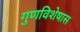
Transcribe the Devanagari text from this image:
गुणविशेषास